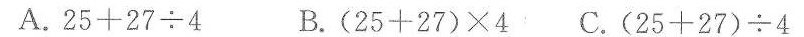
A.$$2 5 + 2 7 \div 4$$ B.$$( 2 5 + 2 7 ) \times 4$$ C.$$( 2 5 + 2 7 ) \div 4$$